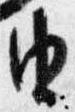
由